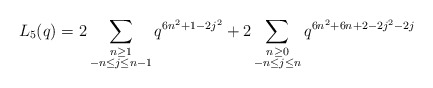
\begin{align*} L_{5}(q) = 2\sum_{\substack{n \geq 1 \\ -n \leq j \leq n-1}} q^{6n^2 + 1 - 2j^2} + 2\sum_{\substack{n \geq 0 \\ -n \leq j \leq n}} q^{6n^2 + 6n + 2- 2j^2 - 2j}\end{align*}